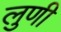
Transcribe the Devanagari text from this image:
लुणी